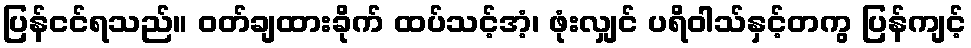
ပြန်ငင်ရသည်။ ဝတ်ချထားခိုက် ထပ်သင့်အံ့၊ ဖုံးလျှင် ပရိဝါသ်နှင့်တကွ ပြန်ကျင့်